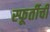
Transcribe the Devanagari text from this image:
स्फूर्तीची